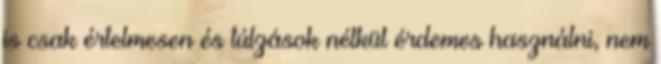
is csak értelmesen és túlzások nélkül érdemes használni, nem